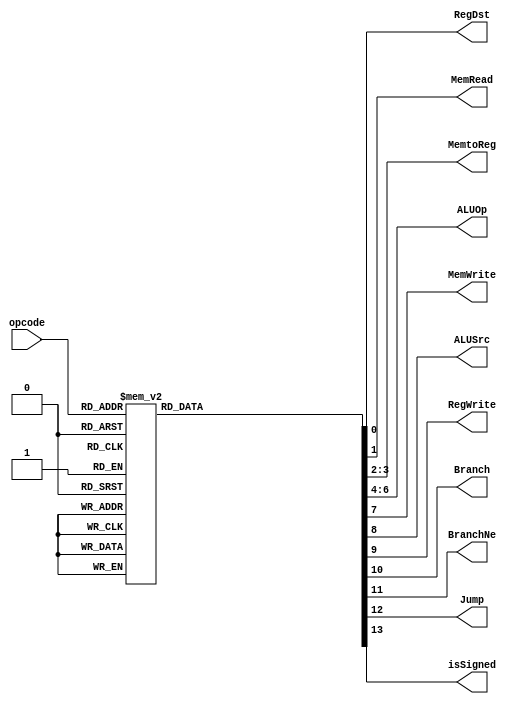
// Universidade Federal Rural de Pernambuco
// 2023.1
// Arquitetura e Organizao de Computadores - 2VA
// Alunos:
// Beatriz Pereira, Leonardo Viana, Paloma Raissa, Ricardo Zaidan
// -----------------------------

module control (
    opcode,
    RegDst,
    MemRead,
    MemtoReg,
    ALUOp,
    MemWrite,
    ALUSrc,
    RegWrite,
    Branch,
	 BranchNe,
	 Jump,
    isSigned
);
	input wire [5:0] opcode;
   output reg RegDst, MemRead, MemWrite, ALUSrc, RegWrite, Branch, BranchNe, Jump, isSigned;
   output reg [1:0] MemtoReg;
   output reg [2:0] ALUOp;

   always @(opcode) begin
		case (opcode)
			6'b000000: begin //sll, srl, sra, sllv, srlv, srav, jr, add, sub, and, or, xor, nor, slt, sltu
				RegDst = 1'b1;
            MemRead = 1'b0;
            MemtoReg = 2'b00;
            ALUOp = 3'b110;
            MemWrite = 1'b0;
            ALUSrc = 1'b0;
            RegWrite = 1'b1;
            Branch = 1'b0;
				BranchNe = 1'b0;
				Jump = 1'b0;
            isSigned = 1'b1;
			end
         6'b000010: begin //j
            RegDst = 1'bx;
            MemRead = 1'b0;
            MemtoReg = 2'bxx;
            ALUOp = 3'bxxx;
            MemWrite = 1'b0;
            ALUSrc = 1'bx;
            RegWrite = 1'b0;
            Branch = 1'bx;
				BranchNe = 1'bx;
				Jump = 1'b1;
				isSigned = 1'b1;
         end
         6'b000011: begin //jal
            RegDst = 1'bx;
            MemRead = 1'b0;
            MemtoReg = 2'b10;
            ALUOp = 3'bxxx;
            MemWrite = 1'b0;
            ALUSrc = 1'bx;
            RegWrite = 1'b1;
            Branch = 1'bx;
				BranchNe = 1'bx;
				Jump = 1'b1;
            isSigned = 1'b1;
			end
			6'b000100: begin //beq
            RegDst = 1'bx;
            MemRead = 1'b0;
            MemtoReg = 2'bxx;
            ALUOp = 3'b001;
            MemWrite = 1'b0;
            ALUSrc = 1'b0;
            RegWrite = 1'b0;
            Branch = 1'b1;
				BranchNe = 1'b0;
				Jump = 1'b0;
            isSigned = 1'b1;
			end
			6'b000101: begin //bne
				RegDst = 1'bx;
            MemRead = 1'b0;
            MemtoReg = 2'bxx;
            ALUOp = 3'b001;
            MemWrite = 1'b0;
            ALUSrc = 1'b0;
            RegWrite = 1'b0;
            Branch = 1'b1;
				BranchNe = 1'b1;
				Jump = 1'b0;
            isSigned = 1'b1;;
			end
         6'b001000: begin //addi
            RegDst = 1'b0;
				MemRead = 1'b0;
				MemtoReg = 2'b00;
				ALUOp = 3'b000;
				MemWrite = 1'b0;
				ALUSrc = 1'b1;
				RegWrite = 1'b1;
				Branch = 1'b0;
				BranchNe = 1'b0;
				Jump = 1'b0;
				isSigned = 1'b1;
			end
         6'b001010: begin //slti
				RegDst = 1'b0;
				MemRead = 1'b0;
				MemtoReg = 2'b00;
				ALUOp = 3'b101;
				MemWrite = 1'b0;
				ALUSrc = 1'b1;
				RegWrite = 1'b1;
				Branch = 1'b0;
				BranchNe = 1'b0;
				Jump = 1'b0;
				isSigned = 1'b1;
			end
			6'b001011: begin //sltiu
				RegDst = 1'b0;
				MemRead = 1'b0;
				MemtoReg = 2'b00;
				ALUOp = 3'b101;
				MemWrite = 1'b0;
				ALUSrc = 1'b1;
				RegWrite = 1'b1;
				Branch = 1'b0;
				BranchNe = 1'b0;
				Jump = 1'b0;
				isSigned = 1'b1;
			end
         6'b001100: begin //andi
            RegDst = 1'b0;
				MemRead = 1'b0;
				MemtoReg = 2'b00;
				ALUOp = 3'b010;
				MemWrite = 1'b0;
				ALUSrc = 1'b1;
				RegWrite = 1'b1;
				Branch = 1'b0;
				BranchNe = 1'b0;
				Jump = 1'b0;
				isSigned = 1'b0;
			end
         6'b001101: begin //ori
            RegDst = 1'b0;
				MemRead = 1'b0;
				MemtoReg = 2'b00;
				ALUOp = 3'b011;
				MemWrite = 1'b0;
				ALUSrc = 1'b1;
				RegWrite = 1'b1;
				Branch = 1'b0;
				BranchNe = 1'b0;
				Jump = 1'b0;
				isSigned = 1'b0;;
			end
         6'b001110: begin //xori
            RegDst = 1'b0;
				MemRead = 1'b0;
				MemtoReg = 2'b00;
				ALUOp = 3'b100;
				MemWrite = 1'b0;
				ALUSrc = 1'b1;
				RegWrite = 1'b1;
				Branch = 1'b0;
				BranchNe = 1'b0;
				Jump = 1'b0;
				isSigned = 1'b0;
			end
         6'b001111: begin //lui
            RegDst = 1'b0;
				MemRead = 1'b0;
				MemtoReg = 2'b00;
				ALUOp = 3'b000;
				MemWrite = 1'b0;
				ALUSrc = 1'b1;
				RegWrite = 1'b1;
				Branch = 1'b0;
				BranchNe = 1'b0;
				Jump = 1'b0;
				isSigned = 1'b1;
			end
         6'b100011: begin //lw
            RegDst = 1'b0;
				MemRead = 1'b1;
				MemtoReg = 2'b01;
				ALUOp = 3'b000;
				MemWrite = 1'b0;
				ALUSrc = 1'b1;
				RegWrite = 1'b1;
				Branch = 1'b0;
				BranchNe = 1'b0;
				Jump = 1'b0;
				isSigned = 1'b0;
			end
         6'b101011: begin //sw
				RegDst = 1'bx;
				MemRead = 1'b0;
				MemtoReg = 2'bxx;
				ALUOp = 3'b000;
				MemWrite = 1'b1;
				ALUSrc = 1'b1;
				RegWrite = 1'b0;
				Branch = 1'b0;
				BranchNe = 1'b0;
				Jump = 1'b0;
				isSigned = 1'b0;
			end
			default: begin // Nao faz nada
            RegDst = 1'b0;
            MemRead = 1'b0;
            MemtoReg = 2'b00;
            ALUOp = 3'b000;
            MemWrite = 1'b0;
            ALUSrc = 1'b0;
            RegWrite = 1'b0;
            Branch = 1'b0;
				BranchNe = 1'b0;
				Jump = 1'b0;
				isSigned = 1'b0;
         end
		endcase
    end
    
endmodule